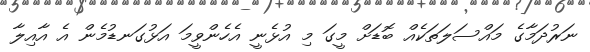
ނަރުދަމާގެ މައްސަލަތަކެއް ބޮޑަށް މީގަ މި އުޅެނީ އެހެންވީމަ އަޅުގަނޑުމެން އެ އާއިލާ